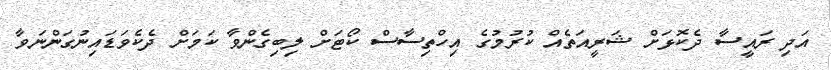
އަދި ރައީސާ ދެކޮޅަށް ޝަރީއަތެއް ކުރުމުގެ އިހްތިސާސް ކޯޓަށް ލިބިގެންވާ ކަމަށް ދެކެވަޑައިނުގަންނަވާ